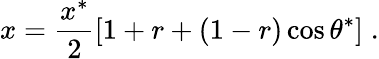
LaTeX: x=\frac{x^{*}}{2}\left[1+r+(1-r)\cos{\theta^{*}}\right]\; .